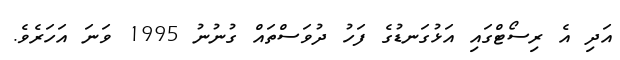
އަދި އެ ރިސޯޓްގައި އަޅުގަނޑުގެ ފަހު ދުވަސްތައް ގުނުނު 1995 ވަނަ އަހަރެވެ.